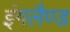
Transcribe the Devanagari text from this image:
इंगलैण्‍ड